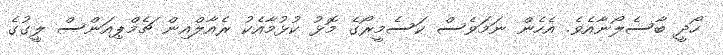
ހޯދީ ބާސެލޯނާއެވެ. އެހެން ނަމަވެސް ކަސެމީރޯގެ މޮޅު ކުޅުމާއެކު ރެއާލްއިން ޗެމްޕިއަންސް ލީގުގެ